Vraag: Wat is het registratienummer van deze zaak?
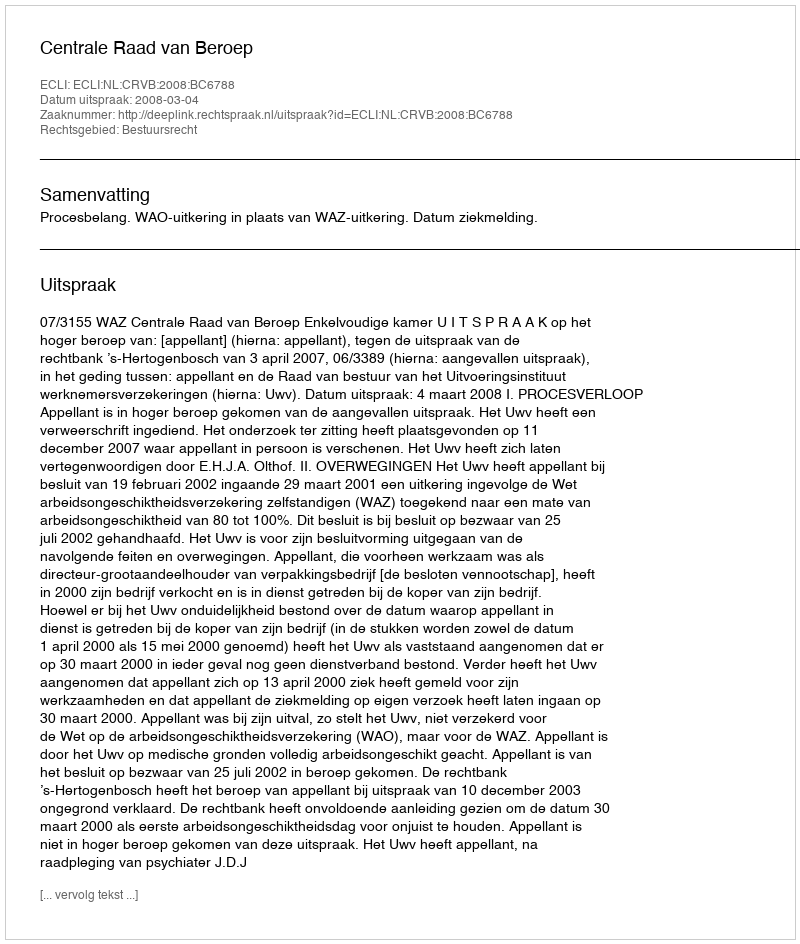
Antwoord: http://deeplink.rechtspraak.nl/uitspraak?id=ECLI:NL:CRVB:2008:BC6788